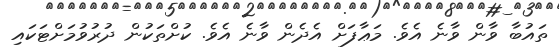
ތައުބާ ވާން ވާނެ އެވެ. މަޢާފަށް އެދެން ވާނެ އެވެ. ކުށްތަކުން ދުރުވުމަށްޓަކައި